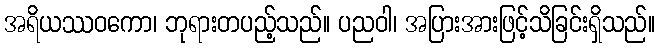
အရိယဿဝကော၊ ဘုရားတပည့်သည်။ ပညဝါ၊ အပြားအားဖြင့်သိခြင်းရှိသည်။